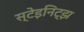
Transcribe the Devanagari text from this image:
स्टेइनिट्झ